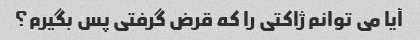
آیا می توانم ژاکتی را که قرض گرفتی پس بگیرم؟